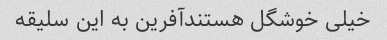
خیلی خوشگل هستندآفرین به این سلیقه